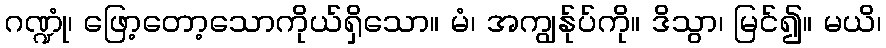
ဂဏ္ဍုံ၊ ဖြော့တော့သောကိုယ်ရှိသော။ မံ၊ အကျွန်ုပ်ကို။ ဒိသွာ၊ မြင်၍။ မယိ၊